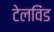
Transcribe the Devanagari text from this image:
टेलविंड